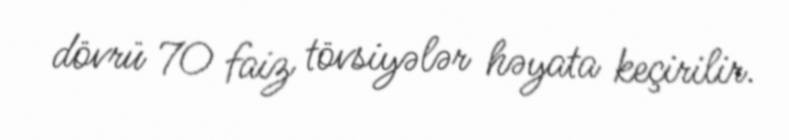
dövrü 70 faiz tövsiyələr həyata keçirilir.